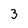
Character: 3